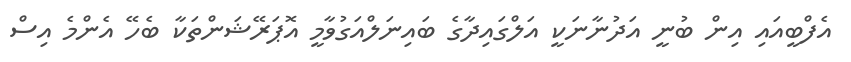
އެފްބީއައި އިން ބުނީ އަދުނާނަކީ އަލްގައިދާގެ ބައިނަލްއަގުވާމީ އޮޕަރޭޝަންތަކާ ބެހޭ އެންމެ އިސް